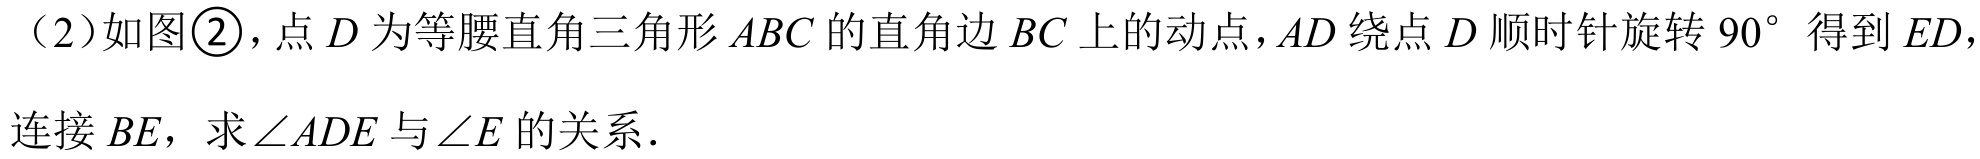
（2）如图\textcircled{2}，点\(D\)为等腰直角三角形\(ABC\)的直角边\(BC\)上的动点，\(AD\)绕点\(D\)顺时针旋转\(90^{\circ}\)得到\(ED\)，连接\(BE\)，求\(\angle ADE\)与\(\angle E\)的关系.